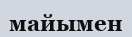
майымен